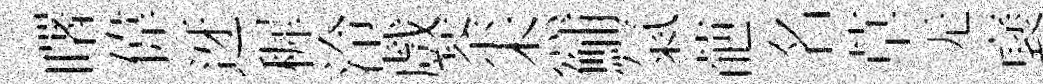
曙偉迓穉泠戲荼杰鯆氣葩名草无裦